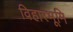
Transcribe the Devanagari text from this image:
विहारभूमि